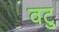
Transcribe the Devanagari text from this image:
वटु